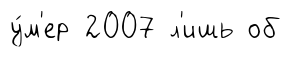
у́м'ер 2007 л'ишь об